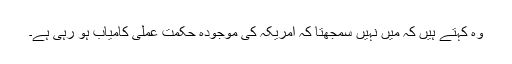
وہ کہتے ہیں کہ میں نہیں سمجھتا کہ امریکہ کی موجودہ حکمت عملی کامیاب ہو رہی ہے۔